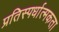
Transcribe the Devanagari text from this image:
प्रतिस्‍पर्धात्‍मकता